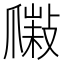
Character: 𤔮